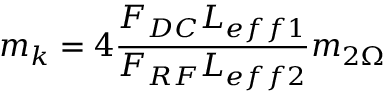
m _ { k } = 4 \frac { F _ { D C } L _ { e f f 1 } } { F _ { R F } L _ { e f f 2 } } m _ { 2 \Omega }